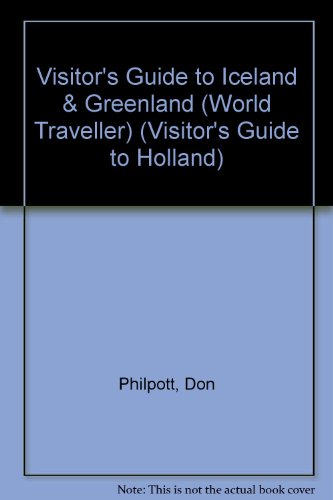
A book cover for Visitor's Guide to Iceland & Greenland (Visitor's Guide to Holland); Don Philpott; Travel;